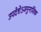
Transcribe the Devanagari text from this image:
उपदेशेऽजनुनासिक